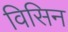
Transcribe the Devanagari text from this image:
विसिन